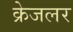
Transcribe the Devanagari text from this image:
क्रेजलर